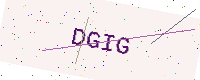
Text: DGIG